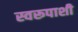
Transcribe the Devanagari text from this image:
स्वरूपाशी